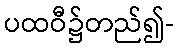
ပထဝီ၌တည်၍-